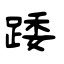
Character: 踒